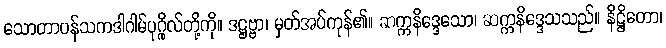
သောတာပန်သကဒါဂါမ်ပုဂ္ဂိုလ်တို့ကို။ ဒဋ္ဌဗ္ဗာ၊ မှတ်အပ်ကုန်၏။ ဆက္ကနိဒ္ဒေသော၊ ဆက္ကနိဒ္ဒေသသည်။ နိဋ္ဌိတော၊